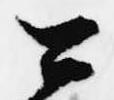
公